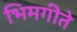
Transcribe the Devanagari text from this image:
भिमगीते